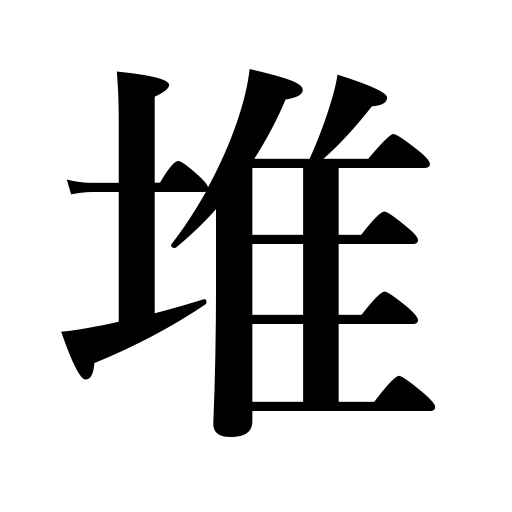
Meanings: piled high